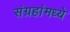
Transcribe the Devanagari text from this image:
संग्रहांमध्ये